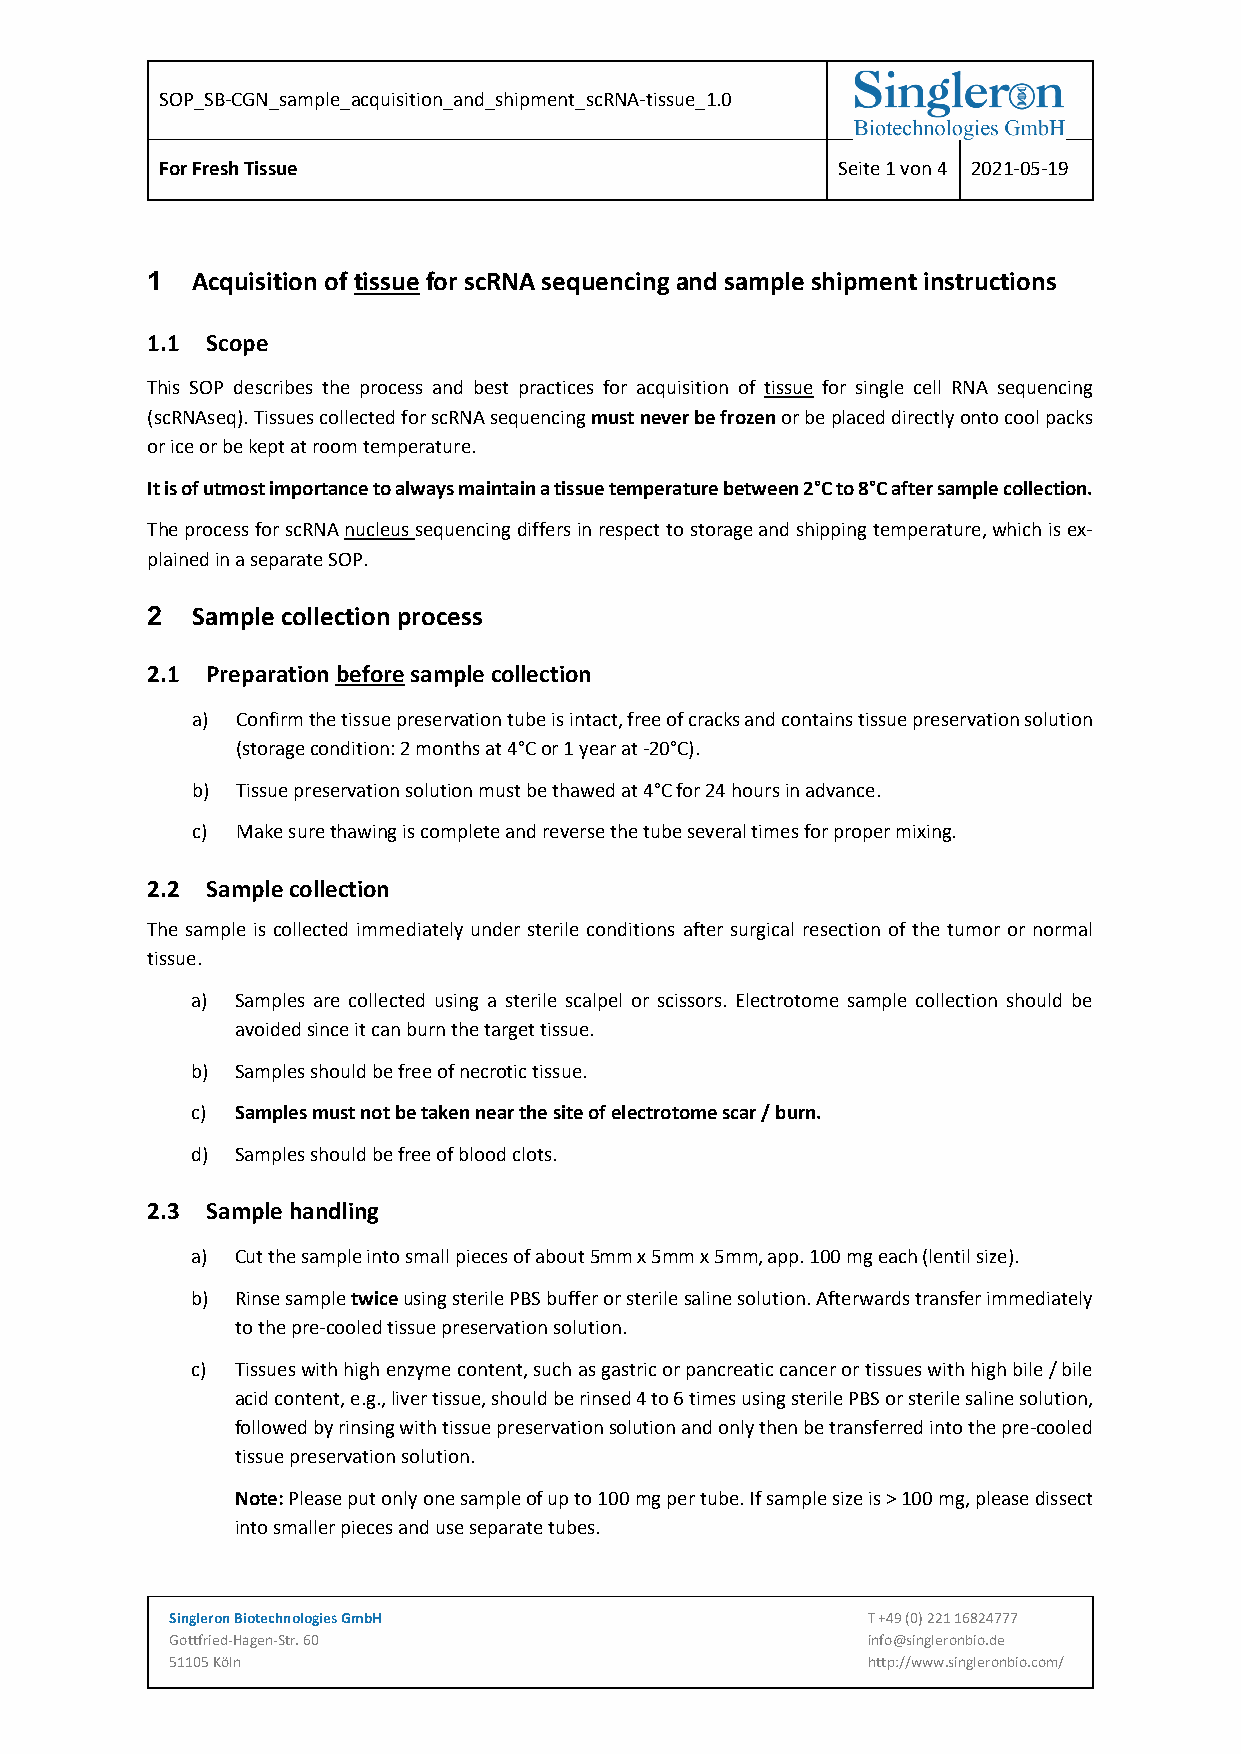
SOP_SB-CGN_sample_acquisition_and_shipment_scRNA-tissue_1.0
 For Fresh Tissue                            Seite 1 von 4 2021-05-19
 1  Acquisition of tissue for scRNA sequencing and sample shipment instructions
 1.1 Scope
 This SOP describes the process and best practices for acquisition of tissue for single cell RNA sequencing
 (scRNAseq). Tissues collected for scRNA sequencing must never be frozen or be placed directly onto cool packs
 or ice or be kept at room temperature.
 It is of utmost importance to always maintain a tissue temperature between 2°C to 8°C after sample collection.
 The process for scRNA nucleus sequencing differs in respect to storage and shipping temperature, which is ex-
 plained in a separate SOP.
 2  Sample collection process
 2.1 Preparation before sample collection
 a) Confirm the tissue preservation tube is intact, free of cracks and contains tissue preservation solution
 (storage condition: 2 months at 4°C or 1 year at -20°C).
 b) Tissue preservation solution must be thawed at 4°C for 24 hours in advance.
 c) Make sure thawing is complete and reverse the tube several times for proper mixing.
 2.2 Sample collection
 The sample is collected immediately under sterile conditions after surgical resection of the tumor or normal
 tissue.
 a) Samples are collected using a sterile scalpel or scissors. Electrotome sample collection should be
 avoided since it can burn the target tissue.
 b) Samples should be free of necrotic tissue.
 c) Samples must not be taken near the site of electrotome scar / burn.
 d) Samples should be free of blood clots.
 2.3 Sample handling
 a) Cut the sample into small pieces of about 5mm x 5mm x 5mm, app. 100 mg each (lentil size).
 b) Rinse sample twice using sterile PBS buffer or sterile saline solution. Afterwards transfer immediately
 to the pre-cooled tissue preservation solution.
 c) Tissues with high enzyme content, such as gastric or pancreatic cancer or tissues with high bile / bile
 acid content, e.g., liver tissue, should be rinsed 4 to 6 times using sterile PBS or sterile saline solution,
 followed by rinsing with tissue preservation solution and only then be transferred into the pre-cooled
 tissue preservation solution.
 Note: Please put only one sample of up to 100 mg per tube. If sample size is > 100 mg, please dissect
 into smaller pieces and use separate tubes.
 Singleron Biotechnologies GmbH                T +49 (0) 221 16824777
 Gottfried-Hagen-Str. 60                       info@singleronbio.de
 51105 Köln                                    http://www.singleronbio.com/